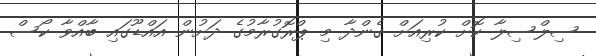
ސިލްސިލާ ކޮށް ކުރިއަށް ގެންދާ މި ޕްރޮގުރާމުގެ ދަށުން އައްޑޫގައި ބާއްވާ ކޯސް